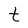
Character: t